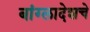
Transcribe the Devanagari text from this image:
बांग्लादेशचे